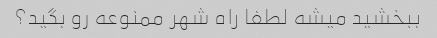
ببخشید میشه لطفا راه شهر ممنوعه رو بگید؟